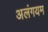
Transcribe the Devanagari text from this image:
अलंगयम